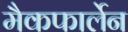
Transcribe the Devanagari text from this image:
मैकफार्लेन